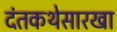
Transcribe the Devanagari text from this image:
दंतकथेसारखा